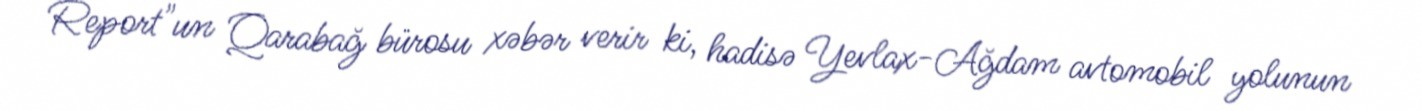
Report"un Qarabağ bürosu xəbər verir ki, hadisə Yevlax-Ağdam avtomobil yolunun